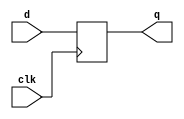
module flop #(parameter WIDTH = 36) (
  input clk,
  input [WIDTH-1:0] d,
  output reg [WIDTH-1:0] q
);

  always @(posedge clk)
    q <= d;
	
endmodule